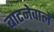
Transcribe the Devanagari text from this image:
बाटनेवाले